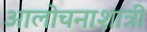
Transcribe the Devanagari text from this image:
आलोचनाशात्री